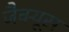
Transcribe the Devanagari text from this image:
जैक्यूस